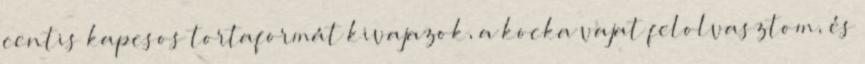
centis kapcsos tortaformát kivajazok, a kocka vajat felolvasztom, és